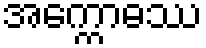
အက္ကောဓဿ